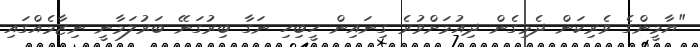
"ޔާމީންގެ ވެރިކަން ދެމިގެން ދިއުމަށްވުރެ ގިނައިން ހީބިހި ނަގާ ބިރުގަނޭ ބަރުލަމާނީ ނިޒާމެއްގައި